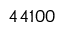
4 4 1 0 0